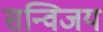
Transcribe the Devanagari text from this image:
सन्विजय